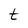
Character: t